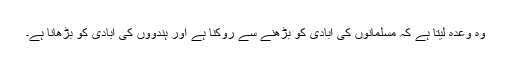
وہ وعدہ لیتا ہے کہ مسلمانوں کی آبادی کو بڑھنے سے روکنا ہے اور ہندووں کی آبادی کو بڑھانا ہے۔